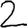
Digit: 2